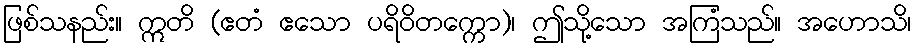
ဖြစ်သနည်း။ ဣတိ (ဧတံ ဧသော ပရိဝိတက္ကော)၊ ဤသို့သော အကြံသည်။ အဟောသိ၊